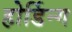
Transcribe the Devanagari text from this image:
होर्डिन्ग